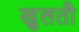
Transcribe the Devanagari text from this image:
खुलतौ